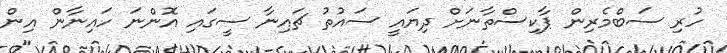
ހުރި ސަބްމެރިން ޕާކިސްތާނަށް ދިޔައީ ސައުތު ޗައިނާ ސީގައި އޮންނަ ހައިނާން އިން